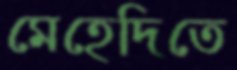
মেহেদিতে